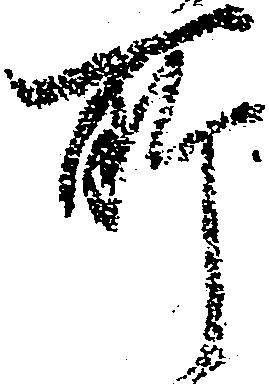
所